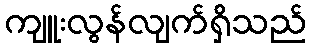
ကျူးလွန်လျက်ရှိသည်